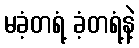
မခံ့တရံ့ ခံ့တရံ့နဲ့